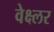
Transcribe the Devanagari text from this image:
वेक्ष्लर